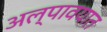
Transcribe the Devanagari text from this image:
अल्पावयात